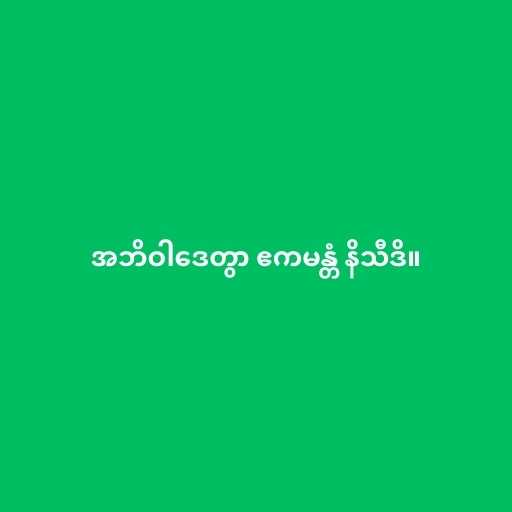
အဘိဝါဒေတွာ ဧကမန္တံ နိသီဒိ။